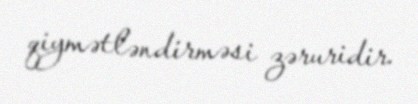
qiymətləndirməsi zəruridir.